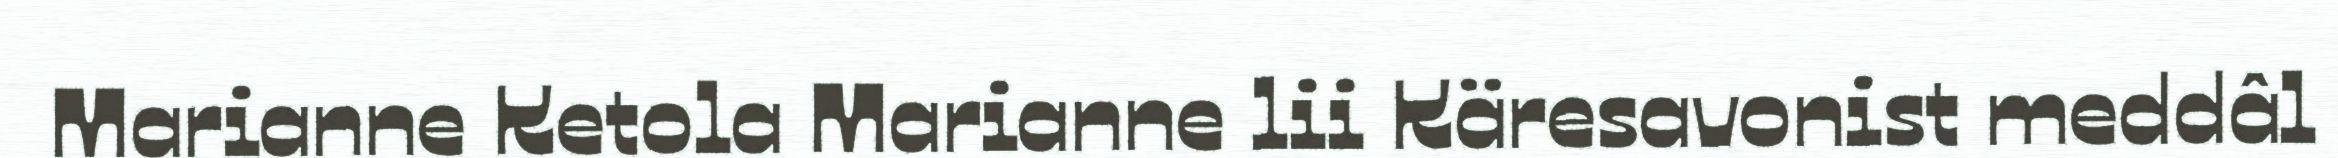
Marianne Ketola Marianne lii Käresavonist meddâl